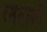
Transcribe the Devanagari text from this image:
रमताजी